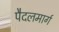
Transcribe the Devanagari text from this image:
पैदलमार्ग